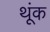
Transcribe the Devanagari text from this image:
थूंक